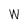
Character: W